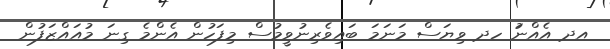
އދ އެއްނަު ހދ ވިޔަސް މަނަމަ ބައިވެރިނުވީމުސް މިފަހުން އެންމެ ގިނަ މުއައްޒަފުން